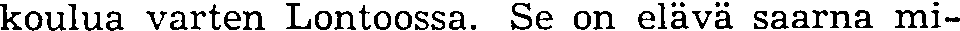
koulua varten Lontoossa. Se on elävä saarna mi-